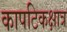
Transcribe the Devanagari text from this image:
कापटिकक्षात्र